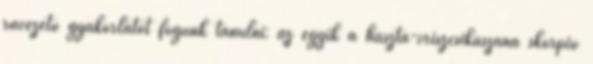
rávezető gyakorlatot fogunk tanulni: az egyik a haszta-vriszcsikászana skorpió